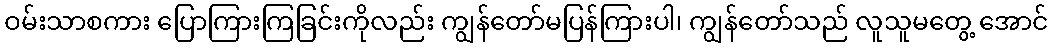
ဝမ်းသာစကား ပြောကြားကြခြင်းကိုလည်း ကျွန်တော်မပြန်ကြားပါ၊ ကျွန်တော်သည် လူသူမတွေ့ အောင်